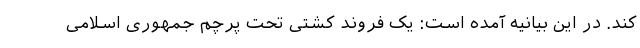
کند. در این بیانیه آمده است: یک فروند کشتی تحت پرچم جمهوری اسلامی